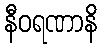
နီဝရဏာနိ